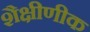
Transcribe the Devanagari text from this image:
शैक्षीणीक